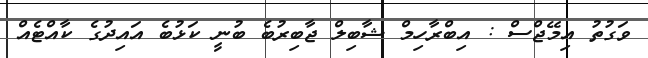
ވަގުތު އިމޭޖްސް : އިބްރާހިމް ޝާބިލް ޖާބިރުބެ ބުނީ ކަޅުބެ އައިދުގެ ކާއްޓެއް